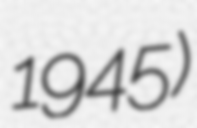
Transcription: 1945)